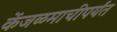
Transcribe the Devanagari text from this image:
केंजळमाचीपर्यंत